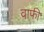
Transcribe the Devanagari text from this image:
वाफी